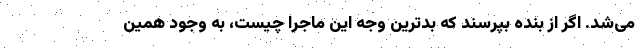
می‌شد. اگر از بنده بپرسند که بدترین وجه این ماجرا چیست، به وجود همین